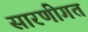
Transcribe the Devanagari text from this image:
सारणीगत